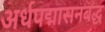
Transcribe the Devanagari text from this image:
अर्धपद्मासनबद्ध